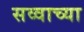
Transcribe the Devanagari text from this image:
सव्वाच्या